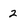
Character: 2